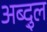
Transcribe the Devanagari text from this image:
अब्दु्ल